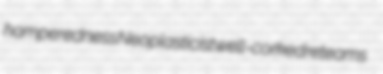
hamperedness Neoplasticist well-corked reteams